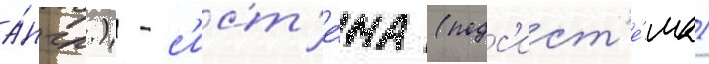
а́нгл.) - с'ист'е́ма (подс'ист'е́ма)